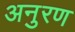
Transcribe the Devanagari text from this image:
अनुरण